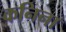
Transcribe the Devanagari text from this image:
कनिना